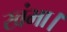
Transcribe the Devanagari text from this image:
खंभा।